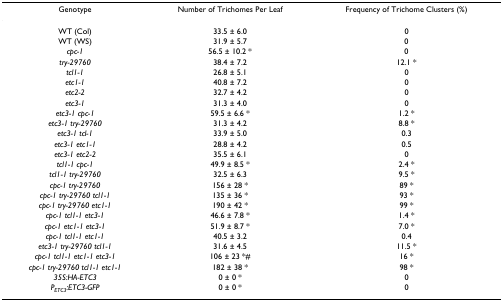
<table><thead><tr><td><b>Genotype</b></td><td><b>Number of Trichomes Per Leaf</b></td><td><b>Frequency of Trichome Clusters (%)</b></td></tr></thead><tbody><tr><td>WT (Col)</td><td>33.5 ± 6.0</td><td>0</td></tr><tr><td>WT (WS)</td><td>31.9 ± 5.7</td><td>0</td></tr><tr><td><i>cpc-1</i></td><td>56.5 ± 10.2 *</td><td>0</td></tr><tr><td><i>try-29760</i></td><td>38.4 ± 7.2</td><td>12.1 *</td></tr><tr><td><i>tcl1-1</i></td><td>26.8 ± 5.1</td><td>0</td></tr><tr><td><i>etc1-1</i></td><td>40.8 ± 7.2</td><td>0</td></tr><tr><td><i>etc2-2</i></td><td>32.7 ± 4.2</td><td>0</td></tr><tr><td><i>etc3-1</i></td><td>31.3 ± 4.0</td><td>0</td></tr><tr><td><i>etc3-1 cpc-1</i></td><td>59.5 ± 6.6 *</td><td>1.2 *</td></tr><tr><td><i>etc3-1 try-29760</i></td><td>31.3 ± 4.2</td><td>8.8 *</td></tr><tr><td><i>etc3-1 tcl-1</i></td><td>33.9 ± 5.0</td><td>0.3</td></tr><tr><td><i>etc3-1 etc1-1</i></td><td>28.8 ± 4.2</td><td>0.5</td></tr><tr><td><i>etc3-1 etc2-2</i></td><td>35.5 ± 6.1</td><td>0</td></tr><tr><td><i>tcl1-1 cpc-1</i></td><td>49.9 ± 8.5 *</td><td>2.4 *</td></tr><tr><td><i>tcl1-1 try-29760</i></td><td>32.5 ± 6.3</td><td>9.5 *</td></tr><tr><td><i>cpc-1 try-29760</i></td><td>156 ± 28 *</td><td>89 *</td></tr><tr><td><i>cpc-1 try-29760 tcl1-1</i></td><td>135 ± 36 *</td><td>93 *</td></tr><tr><td><i>cpc-1 try-29760 etc1-1</i></td><td>190 ± 42 *</td><td>99 *</td></tr><tr><td><i>cpc-1 tcl1-1 etc3-1</i></td><td>46.6 ± 7.8 *</td><td>1.4 *</td></tr><tr><td><i>cpc-1 etc1-1 etc3-1</i></td><td>51.9 ± 8.7 *</td><td>7.0 *</td></tr><tr><td><i>cpc-1 tcl1-1 etc1-1</i></td><td>40.5 ± 3.2</td><td>0.4</td></tr><tr><td><i>etc3-1 try-29760 tcl1-1</i></td><td>31.6 ± 4.5</td><td>11.5 *</td></tr><tr><td><i>cpc-1 tcl1-1 etc1-1 etc3-1</i></td><td>106 ± 23 *#</td><td>16 *</td></tr><tr><td><i>cpc-1 try-29760 tcl1-1 etc1-1</i></td><td>182 ± 38 *</td><td>98 *</td></tr><tr><td><i>35S:HA-ETC3</i></td><td>0 ± 0 *</td><td>0</td></tr><tr><td><i>P</i><sub><i>ETC3</i></sub><i>:ETC3-GFP</i></td><td>0 ± 0 *</td><td>0</td></tr></tbody></table>